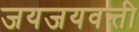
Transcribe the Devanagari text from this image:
जयजयवन्ती